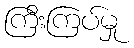
ကြီးကြပ်မှု